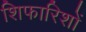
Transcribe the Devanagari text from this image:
शिफारिशों